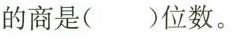
的商是( )位数。